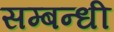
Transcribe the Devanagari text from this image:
सम्‍बन्‍धी